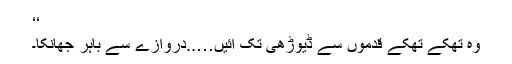
‘‘
وہ تھکے تھکے قدموں سے ڈیوڑھی تک آئیں…..دروازے سے باہر جھانکا۔